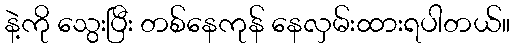
နဲ့ကို သွေးပြီး တစ်နေကုန် နေလှမ်းထားရပါတယ်။